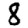
Digit: 8